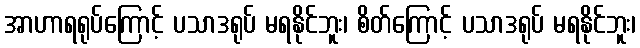
အာဟာရရုပ်ကြောင့် ပသာဒရုပ် မရနိုင်ဘူး၊ စိတ်ကြောင့် ပသာဒရုပ် မရနိုင်ဘူး၊